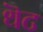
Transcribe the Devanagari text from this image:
थॆट